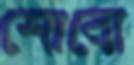
শোবো